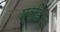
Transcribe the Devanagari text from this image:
प्रडिंभ